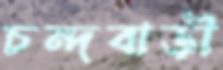
চন্দবাড়ী